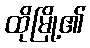
ထိုမြို့၏